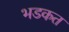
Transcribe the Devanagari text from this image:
भडकत